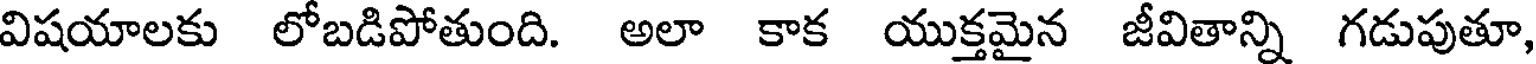
విషయాలకు లోబడిపోతుంది. అలా కాక యుక్తమైన జీవితాన్ని గడుపుతూ,